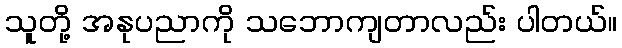
သူတို့ အနုပညာကို သဘောကျတာလည်း ပါတယ်။